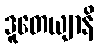
ဒူတေယျာနိ